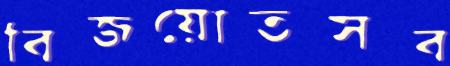
বিজয়োতসব